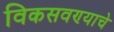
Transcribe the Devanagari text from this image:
विकसवण्याचे